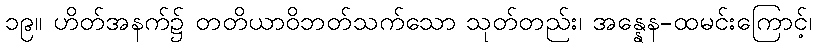
၁၉။ ဟိတ်အနက်၌ တတိယာဝိဘတ်သက်သော သုတ်တည်း၊ အန္နေန-ထမင်းကြောင့်၊